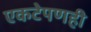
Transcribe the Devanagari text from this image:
एकटेपणही